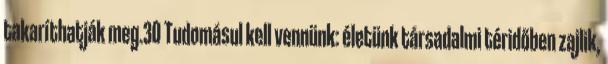
takaríthatják meg.30 Tudomásul kell vennünk: életünk társadalmi téridőben zajlik,